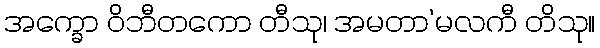
အက္ခော ဝိဘီတကော တီသု၊ အမတာ’မလကီ တိသု။